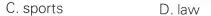
C. sports D. law